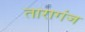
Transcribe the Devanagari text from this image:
तारागंज